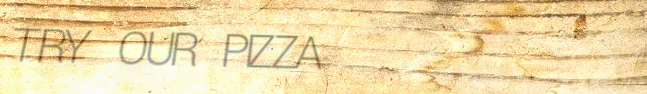
TRY OUR PIZZA